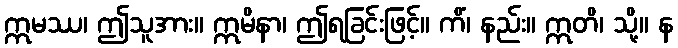
ဣမဿ၊ ဤသူအား။ ဣမိနာ၊ ဤရခြင်းဖြင့်။ ကိံ၊ နည်း။ ဣတိ၊ သို့။ န